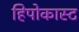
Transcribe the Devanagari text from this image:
हिपोकास्ट